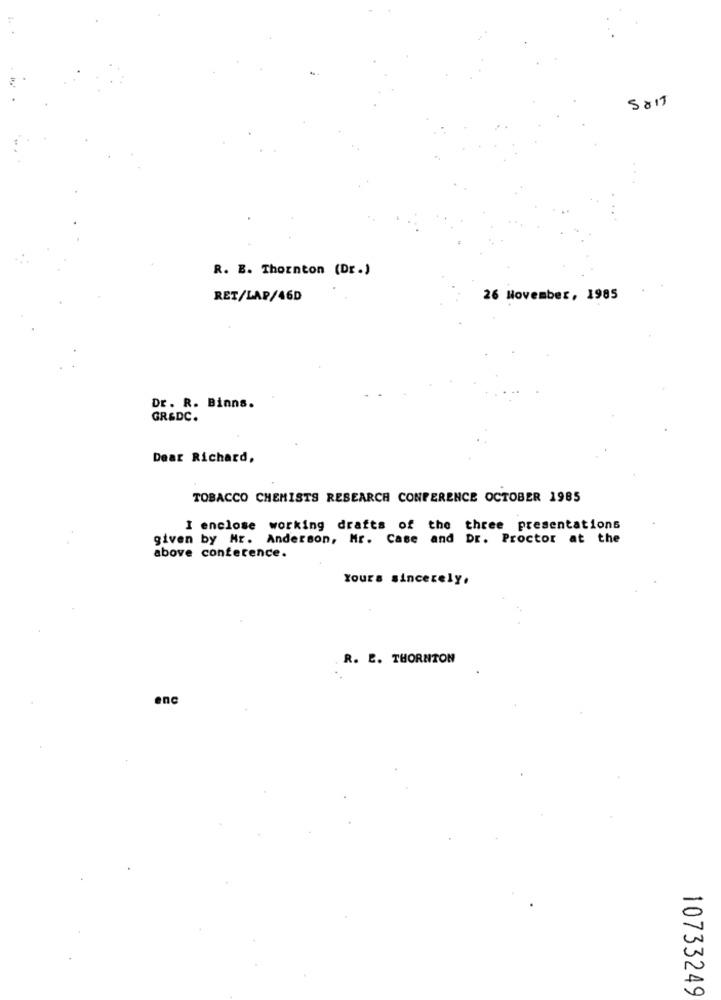
R. E. Thornton (Dr.)
RET/LAP/46D
26 November, 1985
Dr. R. Binns.
GR&DC.
Dear Richard,
TOBACCO CHEMISTS RESEARCH CONFERENCE OCTOBER 1985
I enclose working drafts of the three presentations
given by Mr. Anderson, Mr. Case and Dr. Proctor at the
above conference.
Yours sincerely,
R. E. THORNTON
enc
10733249